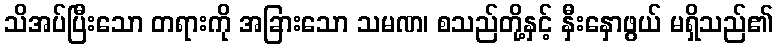
သိအပ်ပြီးသော တရားကို အခြားသော သမဏ၊ စသည်တို့နှင့် နှီးနှောဖွယ် မရှိသည်၏